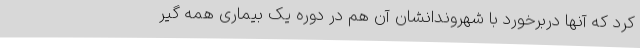
کرد که آنها دربرخورد با شهروندانشان آن هم در دوره یک بیماری همه گیر